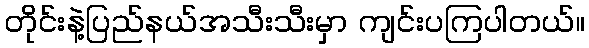
တိုင်းနဲ့ပြည်နယ်အသီးသီးမှာ ကျင်းပကြပါတယ်။